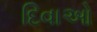
દિવાઓ